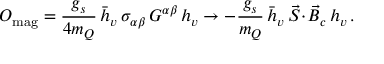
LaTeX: { \cal O } _ { \mathrm { m a g } } = { \frac { g _ { s } } { 4 m _ { Q } } } \, \bar { h } _ { v } \, \sigma _ { \alpha \beta } \, G ^ { \alpha \beta } \, h _ { v } \to - { \frac { g _ { s } } { m _ { Q } } } \, \bar { h } _ { v } \, \vec { S } \! \cdot \! \vec { B } _ { c } \, h _ { v } \, .